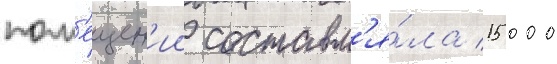
пом'ещен'ии составл'я́ла 15 000